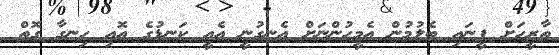
ތާރީހަށް ފީނައި ބެލުމުން އެމީހުންނަށް އެނގުނީ އެއީ ކަނޑުގެ އޮއި ހިނގާ ގޮތް